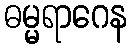
ဓမ္မရာဂေန